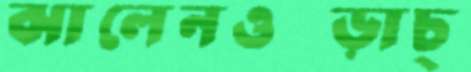
ঝালেনওপ্‌ড়াচ্